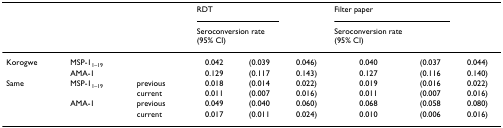
<table><thead><tr><td></td><td></td><td></td><td><b>RDT</b></td><td></td><td></td><td><b>Filter paper</b></td><td></td><td></td></tr><tr><td></td><td></td><td></td><td colspan="3"><b>Seroconversion rate(95% CI)</b></td><td colspan="3"><b>Seroconversion rate(95% CI)</b></td></tr></thead><tbody><tr><td>Korogwe</td><td>MSP-1<sub>1–19</sub></td><td></td><td>0.042</td><td>(0.039</td><td>0.046)</td><td>0.040</td><td>(0.037</td><td>0.044)</td></tr><tr><td></td><td>AMA-1</td><td></td><td>0.129</td><td>(0.117</td><td>0.143)</td><td>0.127</td><td>(0.116</td><td>0.140)</td></tr><tr><td>Same</td><td>MSP-1<sub>1–19</sub></td><td>previous</td><td>0.018</td><td>(0.014</td><td>0.022)</td><td>0.019</td><td>(0.016</td><td>0.022)</td></tr><tr><td></td><td></td><td>current</td><td>0.011</td><td>(0.007</td><td>0.016)</td><td>0.011</td><td>(0.007</td><td>0.016)</td></tr><tr><td></td><td>AMA-1</td><td>previous</td><td>0.049</td><td>(0.040</td><td>0.060)</td><td>0.068</td><td>(0.058</td><td>0.080)</td></tr><tr><td></td><td></td><td>current</td><td>0.017</td><td>(0.011</td><td>0.024)</td><td>0.010</td><td>(0.006</td><td>0.016)</td></tr></tbody></table>